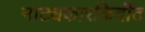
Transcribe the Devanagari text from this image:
नाट्यकारकिर्दीत